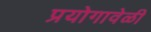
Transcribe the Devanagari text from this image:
प्रयोगावेळी